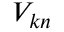
V _ { k n }